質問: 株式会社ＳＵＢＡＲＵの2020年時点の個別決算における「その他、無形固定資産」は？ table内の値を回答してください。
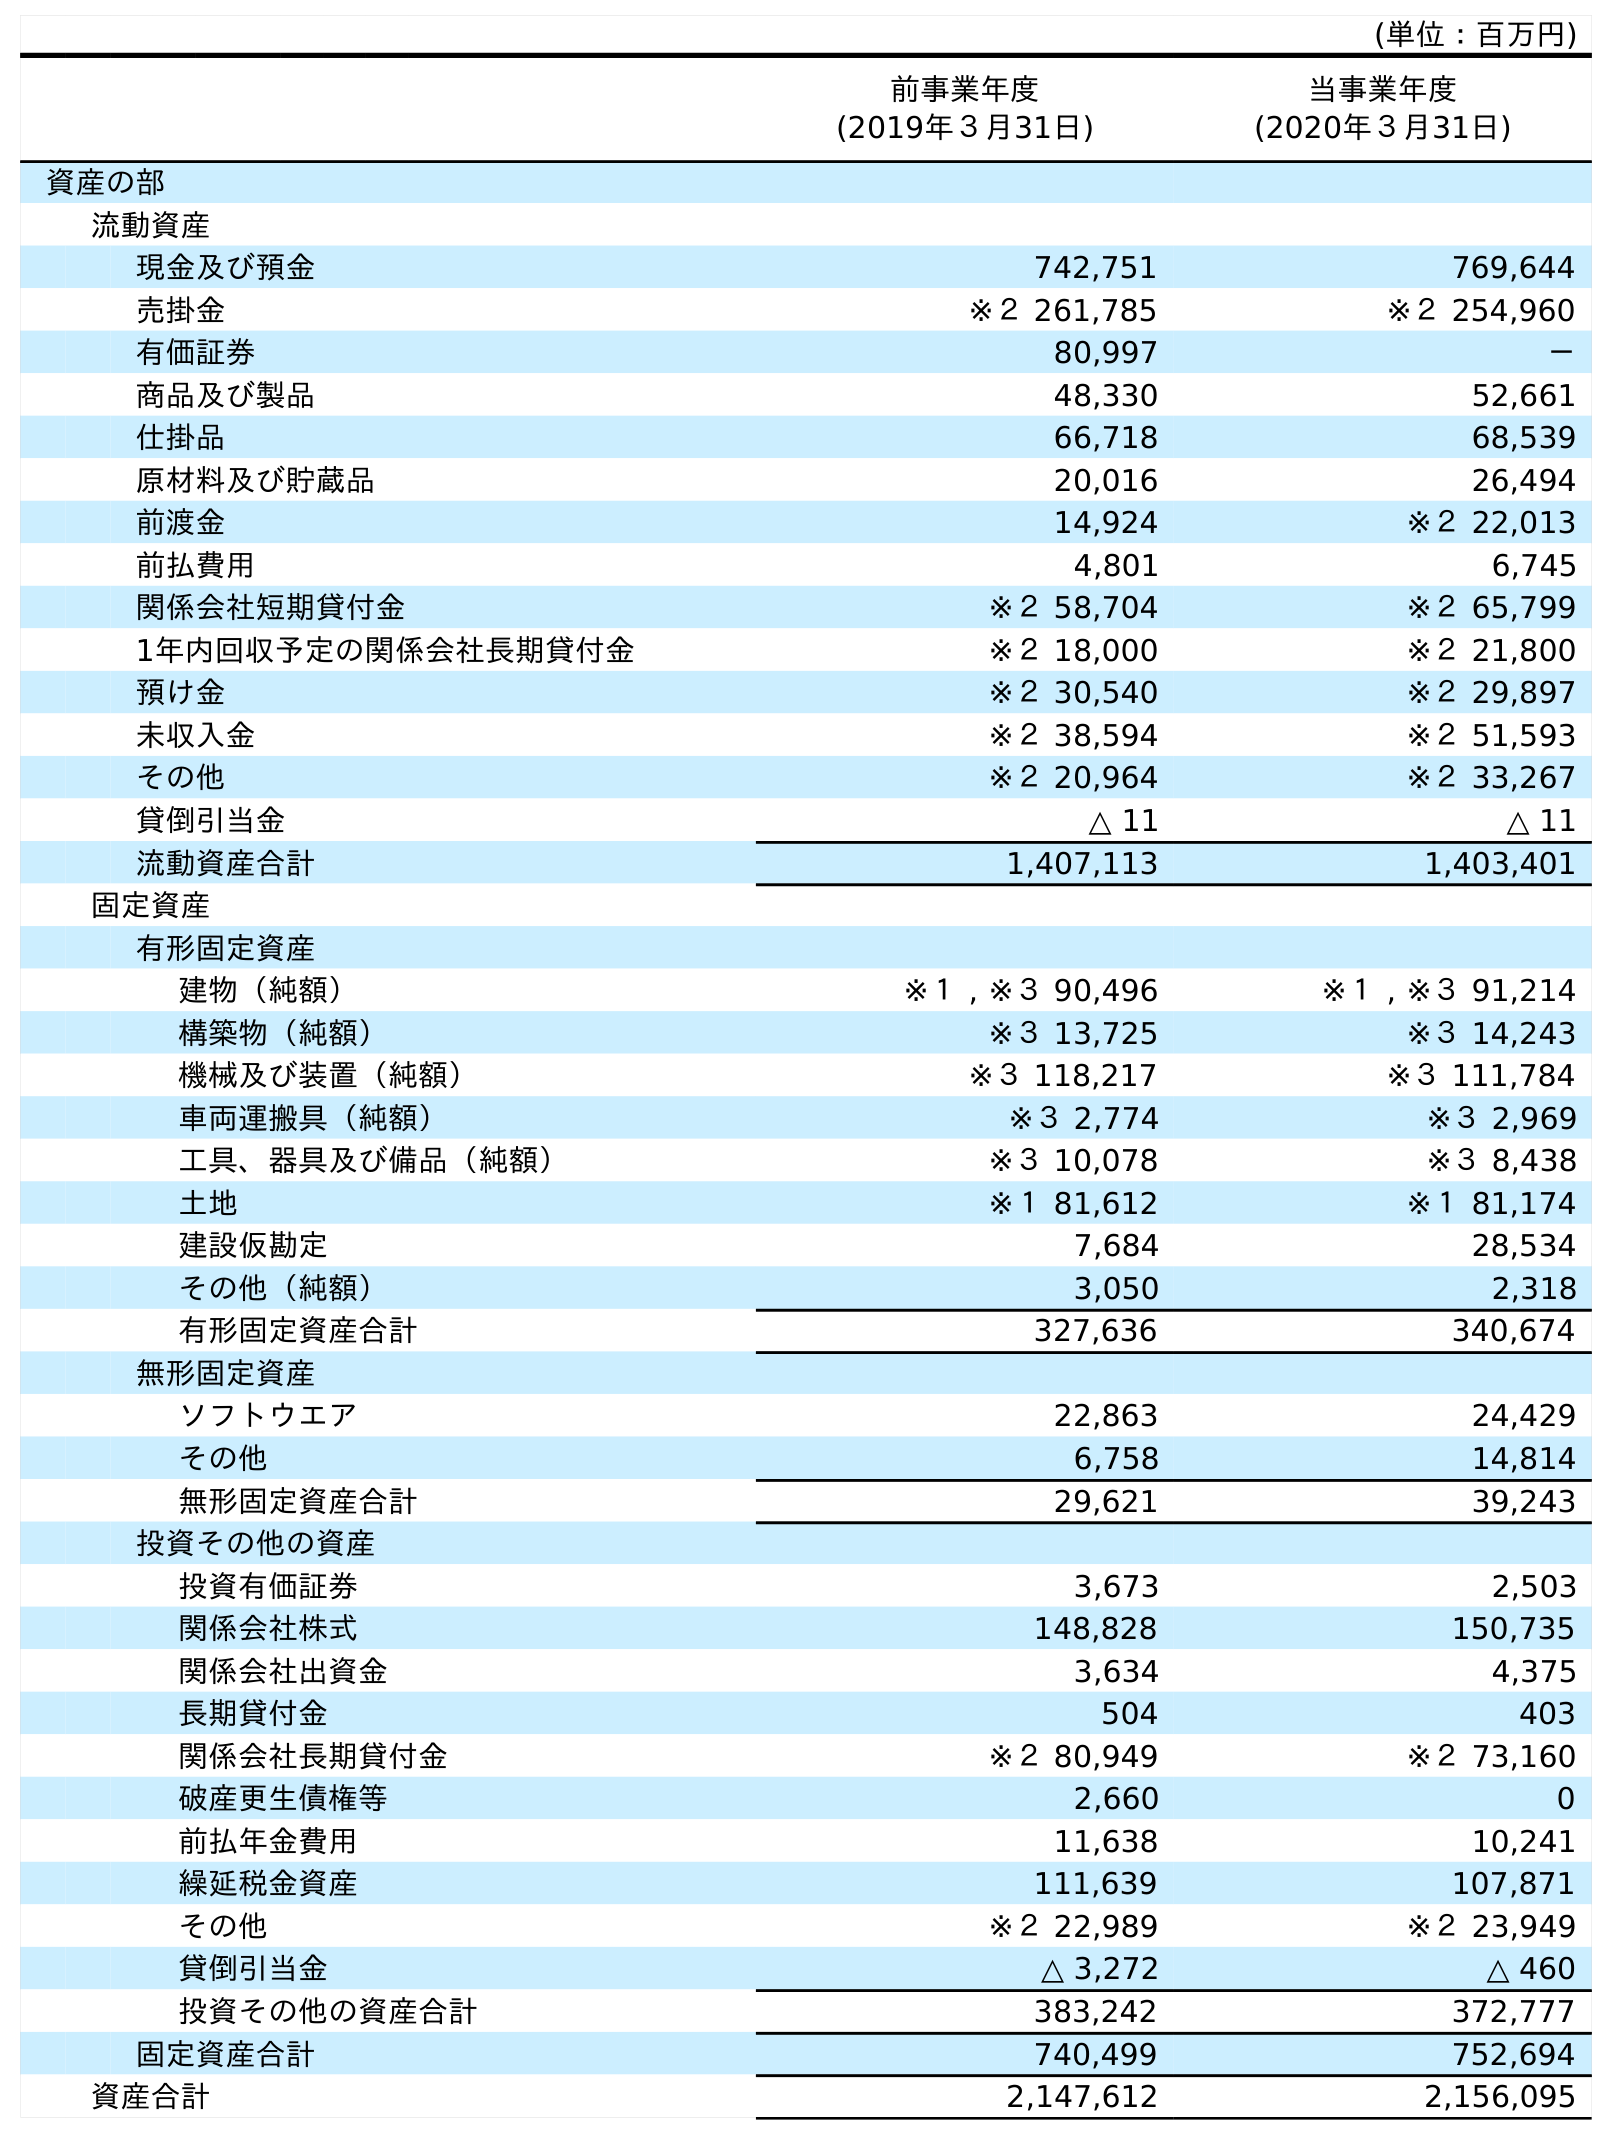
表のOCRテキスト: (単位：百万円) 前事業年度 (2019年３月31日) 当事業年度 (2020年３月31日) 資産の部 流動資産 現金及び預金 742,751 769,644 売掛金 ※２ 261,785 ※２ 254,960 有価証券 80,997 － 商品及び製品 48,330 52,661 仕掛品 66,718 68,539 原材料及び貯蔵品 20,016 26,494 前渡金 14,924 ※２ 22,013 前払費用 4,801 6,745 関係会社短期貸付金 ※２ 58,704 ※２ 65,799 1年内回収予定の関係会社長期貸付金 ※２ 18,000 ※２ 21,800 預け金 ※２ 30,540 ※２ 29,897 未収入金 ※２ 38,594 ※２ 51,593 その他 ※２ 20,964 ※２ 33,267 貸倒引当金 △ 11 △ 11 流動資産合計 1,407,113 1,403,401 固定資産 有形固定資産 建物（純額） ※１ , ※３ 90,496 ※１ , ※３ 91,214 構築物（純額） ※３ 13,725 ※３ 14,243 機械及び装置（純額） ※３ 118,217 ※３ 111,784 車両運搬具（純額） ※３ 2,774 ※３ 2,969 工具、器具及び備品（純額） ※３ 10,078 ※３ 8,438 土地 ※１ 81,612 ※１ 81,174 建設仮勘定 7,684 28,534 その他（純額） 3,050 2,318 有形固定資産合計 327,636 340,674 無形固定資産 ソフトウエア 22,863 24,429 その他 6,758 14,814 無形固定資産合計 29,621 39,243 投資その他の資産 投資有価証券 3,673 2,503 関係会社株式 148,828 150,735 関係会社出資金 3,634 4,375 長期貸付金 504 403 関係会社長期貸付金 ※２ 80,949 ※２ 73,160 破産更生債権等 2,660 0 前払年金費用 11,638 10,241 繰延税金資産 111,639 107,871 その他 ※２ 22,989 ※２ 23,949 貸倒引当金 △ 3,272 △ 460 投資その他の資産合計 383,242 372,777 固定資産合計 740,499 752,694 資産合計 2,147,612 2,156,095
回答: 14,814